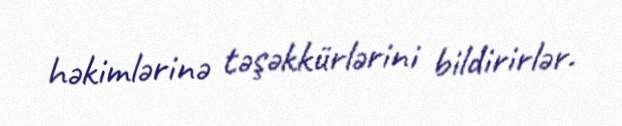
həkimlərinə təşəkkürlərini bildirirlər.